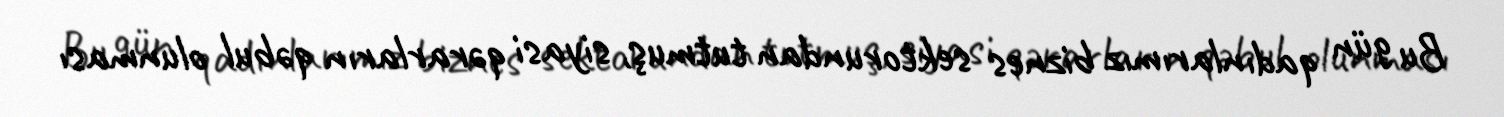
Bu gün qadınlarımız biznes sektorundan tutmuş, siyasi qərarların qəbul olunması